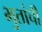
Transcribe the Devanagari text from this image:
भुतांची